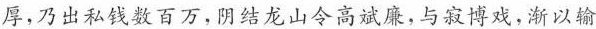
厚，乃出私钱数百万，阴结龙山令高效廉，与寂博戏，渐以输